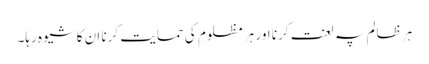
ہر ظالم پہ لعنت کرنا اور ہر مظلوم کی حمایت کرنا ان کا شیوہ رہا۔